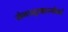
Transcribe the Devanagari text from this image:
सेनामुखान्येको